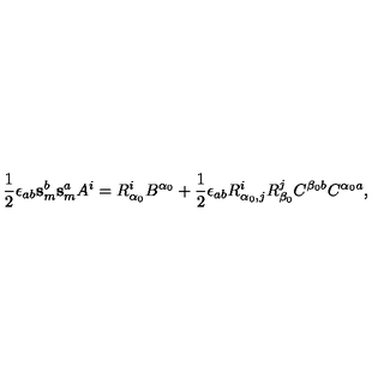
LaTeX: \mathrm { \frac { 1 } { 2 } } \epsilon _ { a b } \mathbf { s } _ { m } ^ { b } \mathbf { s } _ { m } ^ { a } A ^ { i } = R _ { \alpha _ { 0 } } ^ { i } B ^ { \alpha _ { 0 } } + \mathrm { \frac { 1 } { 2 } } \epsilon _ { a b } R _ { \alpha _ { 0 } , j } ^ { i } R _ { \beta _ { 0 } } ^ { j } C ^ { \beta _ { 0 } b } C ^ { \alpha _ { 0 } a } ,